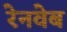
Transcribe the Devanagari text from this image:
रेनवेब